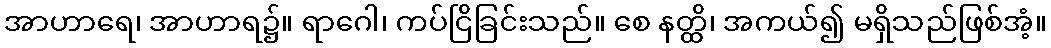
အာဟာရေ၊ အာဟာရ၌။ ရာဂေါ၊ ကပ်ငြိခြင်းသည်။ စေ နတ္ထိ၊ အကယ်၍ မရှိသည်ဖြစ်အံ့။